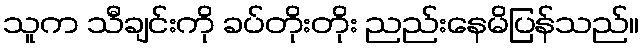
သူက သီချင်းကို ခပ်တိုးတိုး ညည်းနေမိပြန်သည်။